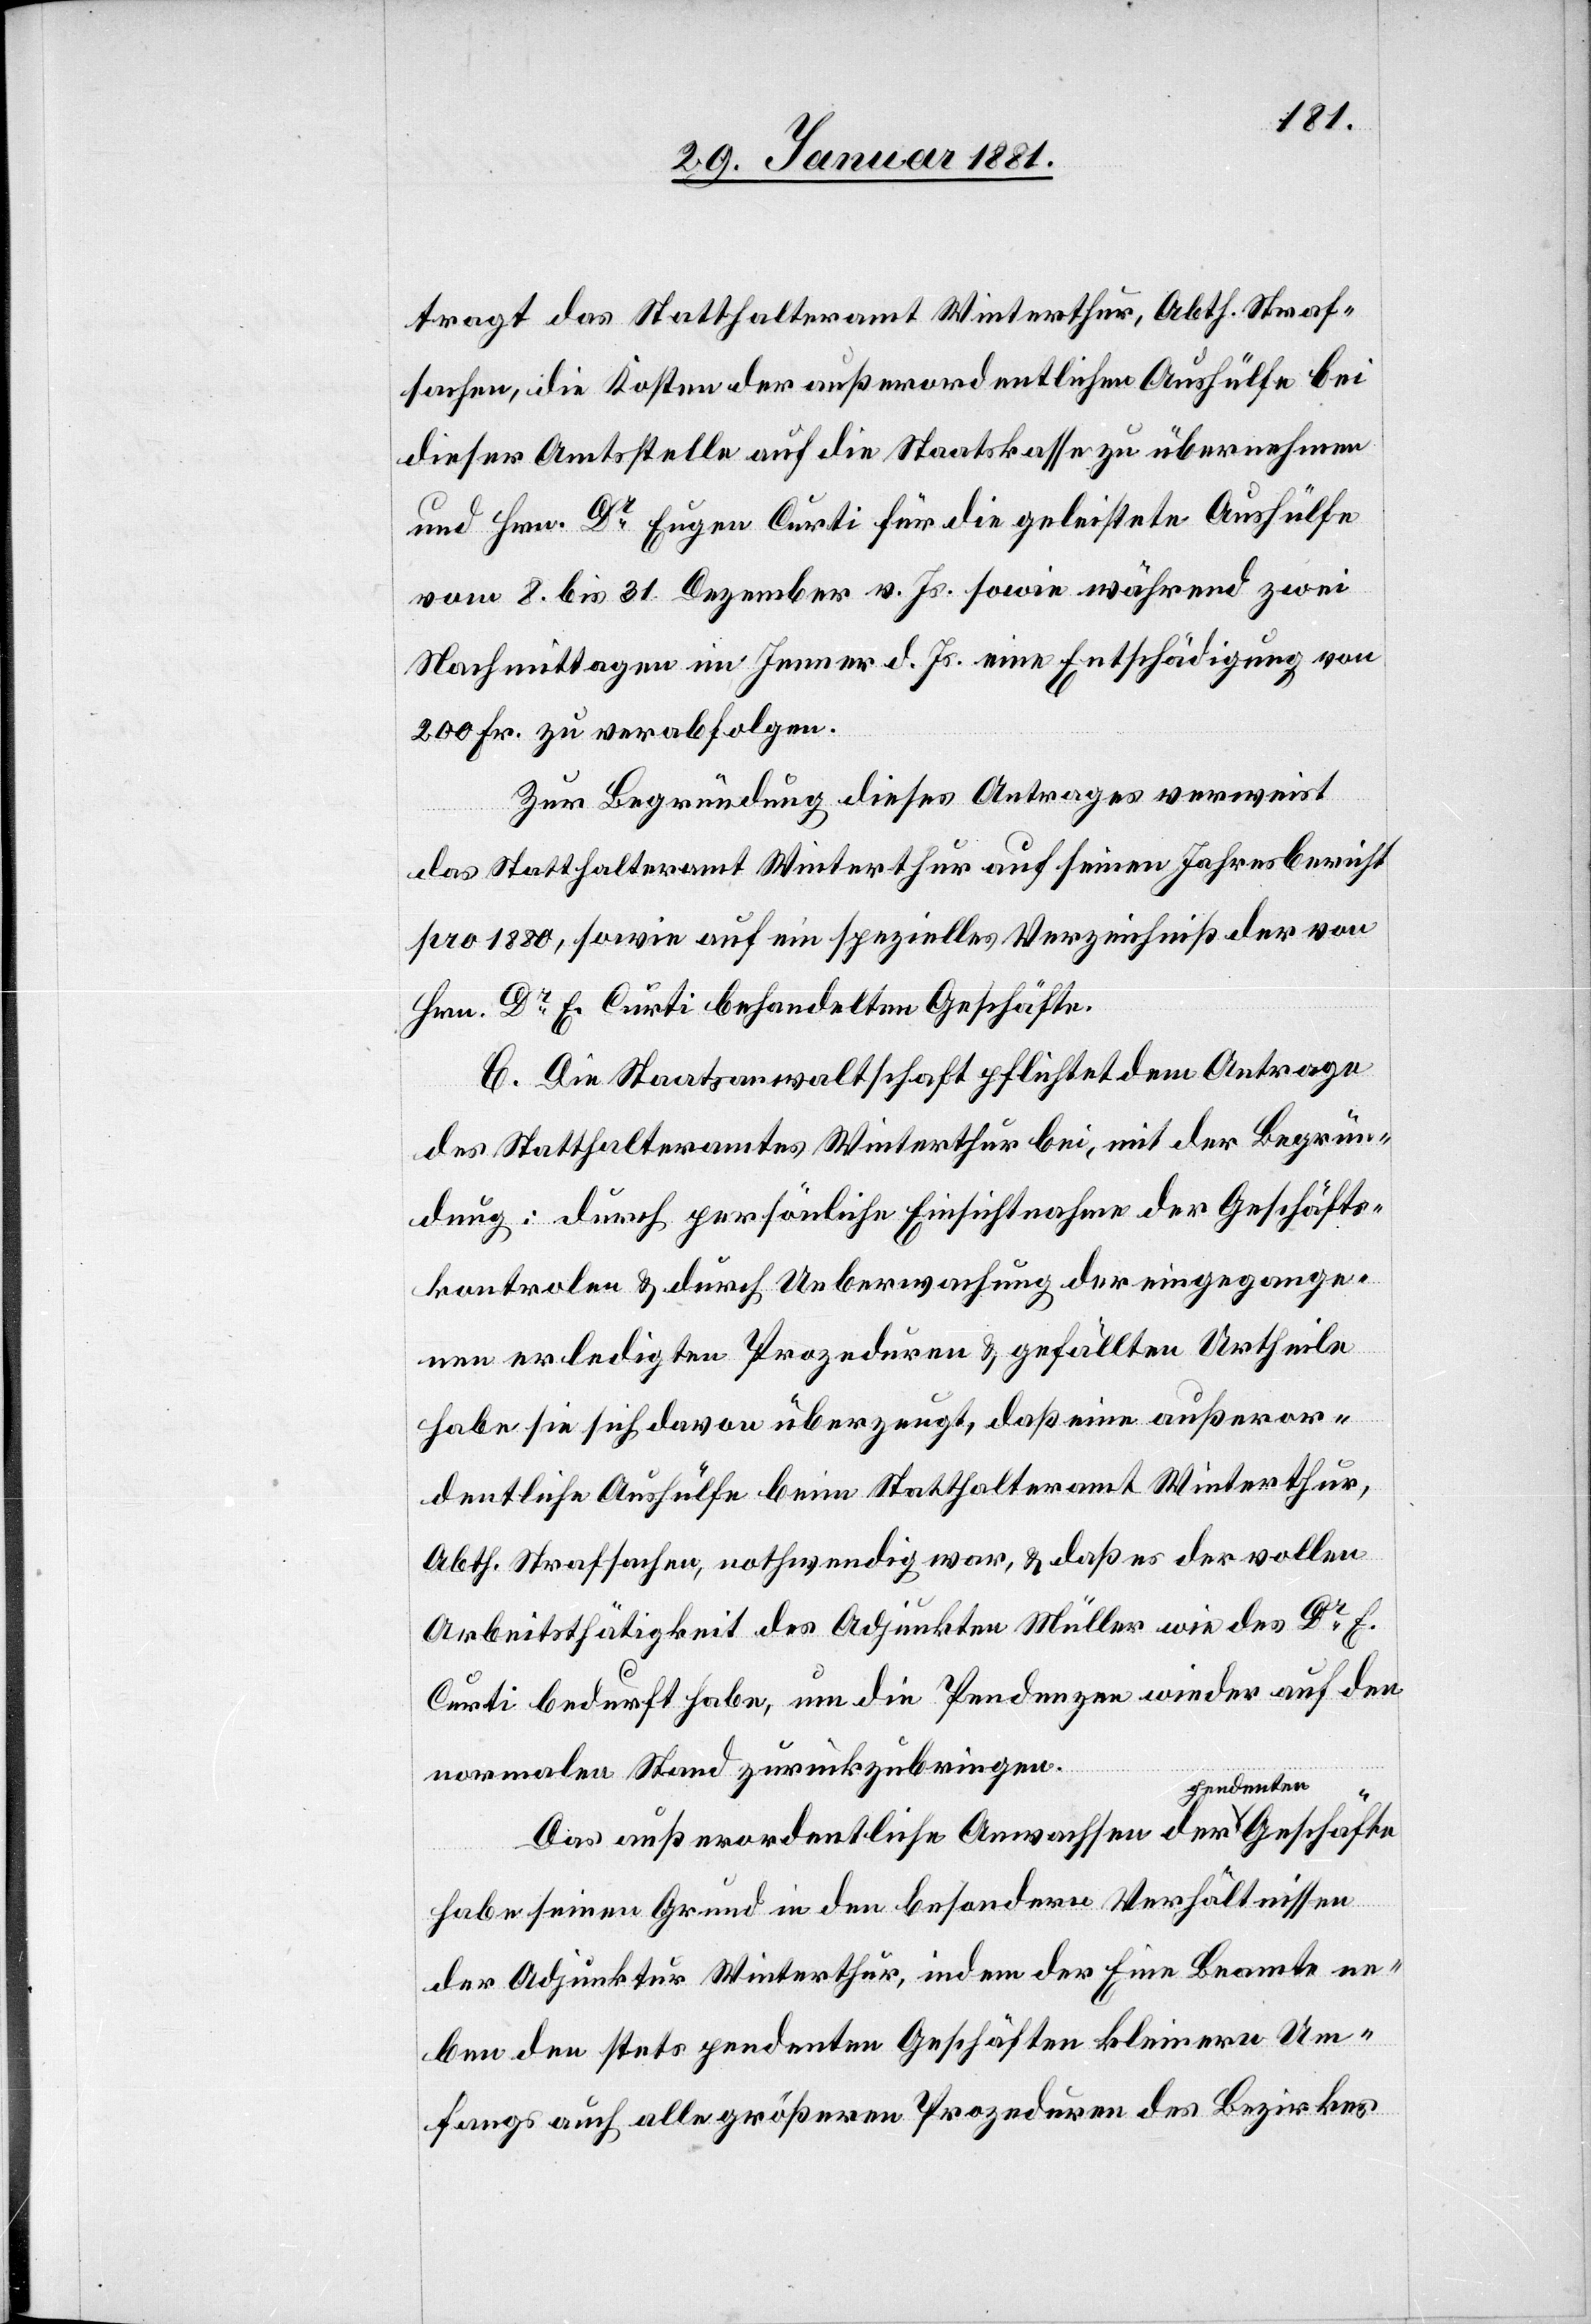
tragt das Statthalteramt Winterthur, Abth. Straf¬
sachen, die Kosten der außerordentlichen Aushülfe bei
dieser Amtsstelle auf die Staatskasse zu übernehmen
und Hrn. Dr Eugen Curti für die geleistete Aushülfe
vom 8. bis 31. Dezember v. Js. sowie während zwei
Nachmittagen im Jenner d. Js. eine Entschädigung von
200 Fr. zu verabfolgen.
Zur Begründung dieses Antrages verweist
das Statthalteramt Winterthur auf seinen Jahresbericht
pro 1880, sowie auf ein spezielles Verzeichniß der von
Hrn. Dr E. Curti behandelten Geschäfte.
C. Die Staatsanwaltschaft pflichtet dem Antrage
des Statthalteramtes Winterthur bei, mit der Begrün¬
dung: durch persönliche Einsichtnahme der Geschäfts¬
kontrolen & durch Ueberwachung der eingegange¬
nen erledigten Prozeduren & gefällten Urtheile
habe sie sich davon überzeugt, daß eine außeror¬
dentliche Aushülfe beim Statthalteramt Winterthur,
Abth. Strafsachen, nothwendig war, & daß es der vollen
Arbeitsthätigkeit des Adjunkten Müller wie des Dr E.
Curti bedurft habe, um die Pendenzen wieder auf
normalen Stand zurückzubringen.
Das außerordentliche Anwachsen der a-pendenten-a
habe seinen Grund in den besondern Verhältnissen
der Adjunktur für Winterthur, indem der Eine Beamte ne¬
ben den stets pendenten Geschäften kleinern Um¬
fangs auf alle größeren Prozeduren des Bezirkes